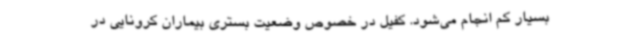
بسیار کم انجام می‌شود. کفیل در خصوص وضعیت بستری بیماران کرونایی در